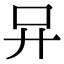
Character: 𠮽